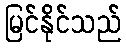
မြင်နိုင်သည်